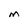
Character: M